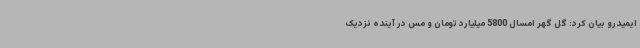
ایمیدرو بیان کرد: گل گهر امسال 5800 میلیارد تومان و مس در آینده نزدیک